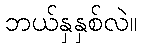
ဘယ်နှနှစ်လဲ။